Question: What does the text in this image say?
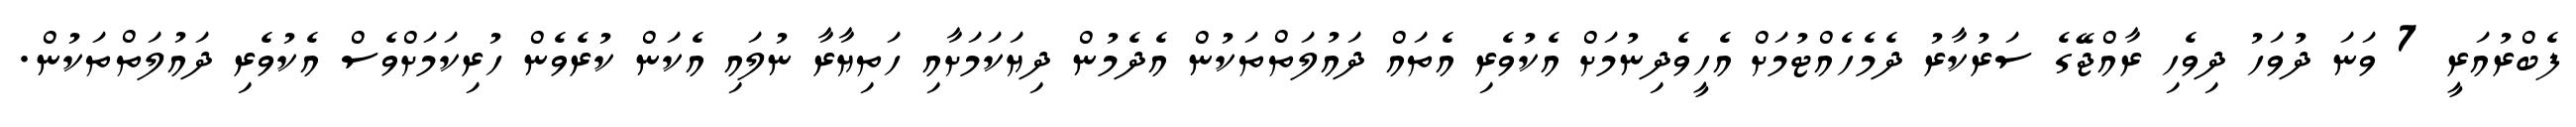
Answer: ފެބްރުއަރީ 7 ވަނަ ދުވަހު ދިވެހި ރާއްޖޭގެ ސަރުކާރު ދެމެހެއްޓުމަށް އެހީވެދިނުމަށް އެކުވެރި އެތައް ދައުލަތްތަކުން އެދެމުން ދިޔަކަމަށާއި ހަތިޔާރާ ނުލައި އެކަން ކުރެވެން ހުރިކަމަށްވެސް އެކުވެރި ދައުލަތްތަކުން.